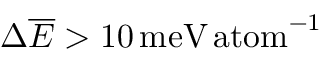
\Delta \overline { { E } } > 1 0 \, \mathrm { m e V \, a t o m } ^ { - 1 }